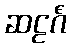
ဆဠင်္ဂံ